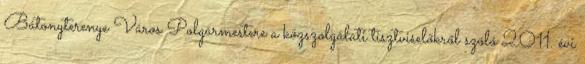
Bátonyterenye Város Polgármestere a közszolgálati tisztviselőkről szóló 2011. évi